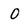
Character: O